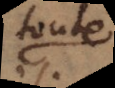
toute